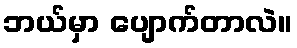
ဘယ်မှာ ပျောက်တာလဲ။